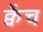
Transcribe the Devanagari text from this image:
क्वेंच